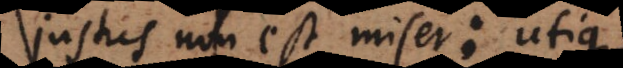
justus non est miser: utique;